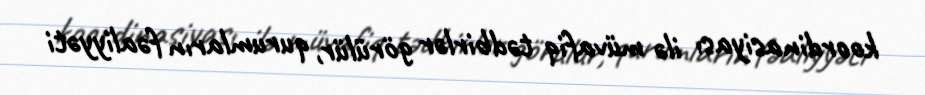
koordinasiyası ilə müvafiq tədbirlər görülür, qurumların fəaliyyəti